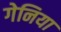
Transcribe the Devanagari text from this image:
गेनिया